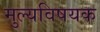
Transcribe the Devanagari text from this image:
मुल्यविषयक